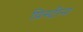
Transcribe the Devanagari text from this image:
प्रिस्टीना